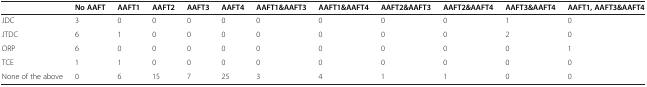
<table><thead><tr><td></td><td><b>No AAFT</b></td><td><b>AAFT1</b></td><td><b>AAFT2</b></td><td><b>AAFT3</b></td><td><b>AAFT4</b></td><td><b>AAFT1&amp;AAFT3</b></td><td><b>AAFT1&amp;AAFT4</b></td><td><b>AAFT2&amp;AAFT3</b></td><td><b>AAFT2&amp;AAFT4</b></td><td><b>AAFT3&amp;AAFT4</b></td><td><b>AAFT1, AAFT3&amp;AAFT4</b></td></tr></thead><tbody><tr><td>JDC</td><td>3</td><td>0</td><td>0</td><td>0</td><td>0</td><td>0</td><td>0</td><td>0</td><td>0</td><td>1</td><td>0</td></tr><tr><td>JTDC</td><td>6</td><td>1</td><td>0</td><td>0</td><td>0</td><td>0</td><td>0</td><td>0</td><td>0</td><td>2</td><td>0</td></tr><tr><td>ORP</td><td>6</td><td>0</td><td>0</td><td>0</td><td>0</td><td>0</td><td>0</td><td>0</td><td>0</td><td>0</td><td>1</td></tr><tr><td>TCE</td><td>1</td><td>1</td><td>0</td><td>0</td><td>0</td><td>0</td><td>0</td><td>0</td><td>0</td><td>0</td><td>0</td></tr><tr><td>None of the above</td><td>0</td><td>6</td><td>15</td><td>7</td><td>25</td><td>3</td><td>4</td><td>1</td><td>1</td><td>0</td><td>0</td></tr></tbody></table>